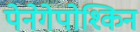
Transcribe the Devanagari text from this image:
पेनेगेपोश्किन